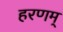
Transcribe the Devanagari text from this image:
हरणम्